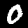
Digit: 0